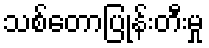
သစ်တောပြုန်းတီးမှု